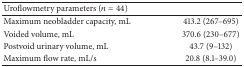
<table><thead><tr><td><b>Uroflowmetry parameters (<i>n</i> = 44)</b></td><td><b> </b></td></tr></thead><tbody><tr><td>Maximum neobladder capacity, mL</td><td>413.2 (267–695)</td></tr><tr><td>Voided volume, mL</td><td>370.6 (230–677)</td></tr><tr><td>Postvoid urinary volume, mL</td><td>43.7 (9–132) </td></tr><tr><td>Maximum flow rate, mL/s</td><td>20.8 (8.1–39.0) </td></tr></tbody></table>